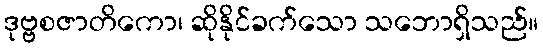
ဒုဗ္ဗစဇာတိကော၊ ဆိုနိုင်ခက်သော သဘောရှိသည်။